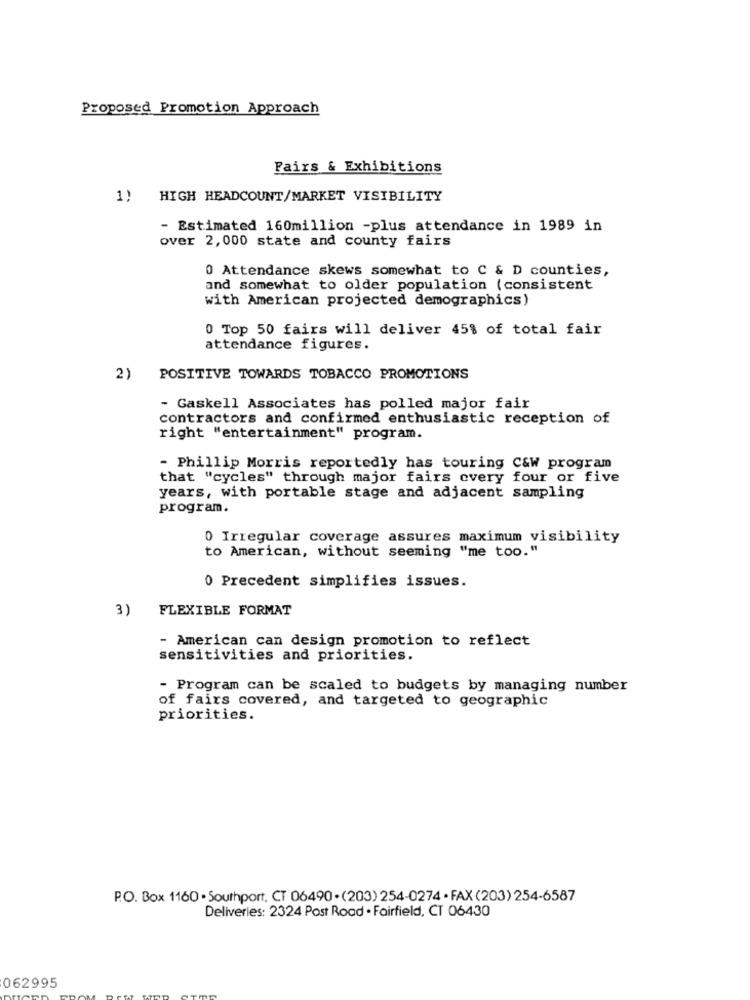
Proposed Promotion Approach
Fairs & Exhibitions
1)
HIGH HEADCOUNT/MARKET VISIBILITY
- Estimated 160million -plus attendance in 1989 in
over 2,000 state and county fairs
0 Attendance skews somewhat to C & D counties,
and somewhat to older population (consistent
with American projected demographics)
0 Top 50 fairs will deliver 45% of total fair
attendance figures.
2)
POSITIVE TOWARDS TOBACCO PROMOTIONS
- Gaskell Associates has polled major fair
contractors and confirmed enthusiastic reception of
right "entertainment" program.
- Phillip Morris reportedly has touring C&W program
that "cycles" through major fairs every four or five
years, with portable stage and adjacent sampling
program.
0 Irregular coverage assures maximum visibility
to American, without seeming "me too."
0 Precedent simplifies issues.
3)
FLEXIBLE FORMAT
- American can design promotion to reflect
sensitivities and priorities.
- Program can be scaled to budgets by managing number
of fairs covered, and targeted to geographic
priorities.
P.O. Box 1160 . Southport, CT 06490 . (203) 254-0274 . FAX (203) 254-6587
Deliveries: 2324 Post Road . Fairfield, CT 06430
062995